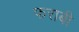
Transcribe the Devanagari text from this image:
फराबी